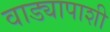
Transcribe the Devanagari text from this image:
वाड्यापाशी